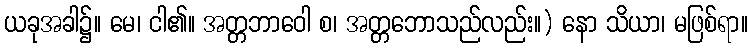
ယခုအခါ၌။ မေ၊ ငါ၏။ အတ္တဘာဝေါ စ၊ အတ္တဘောသည်လည်း။) နော သိယာ၊ မဖြစ်ရာ။